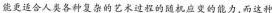
能更适合人类各种复杂的艺术过程的随机应变的能力，而这种